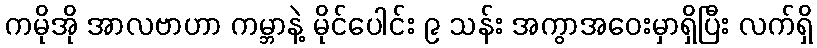
ကမိုအို အာလဗာဟာ ကမ္ဘာနဲ့ မိုင်ပေါင်း ၉ သန်း အကွာအဝေးမှာရှိပြီး လက်ရှိ